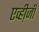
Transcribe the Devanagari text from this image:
एव्ही़जी